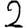
Digit: 2